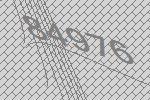
84976